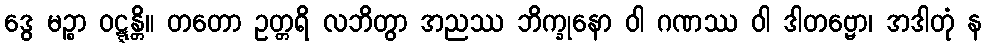
ဒွေ မဉ္စာ ဝဋ္ဋန္တိ။ တတော ဥတ္တရိ လဘိတွာ အညဿ ဘိက္ခုနော ဝါ ဂဏဿ ဝါ ဒါတဗ္ဗော၊ အဒါတုံ န